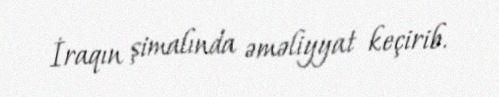
İraqın şimalında əməliyyat keçirib.